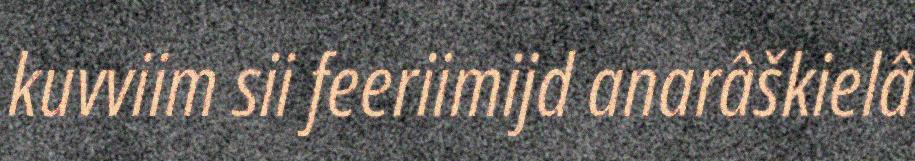
kuvviim sii feeriimijd anarâškielâ